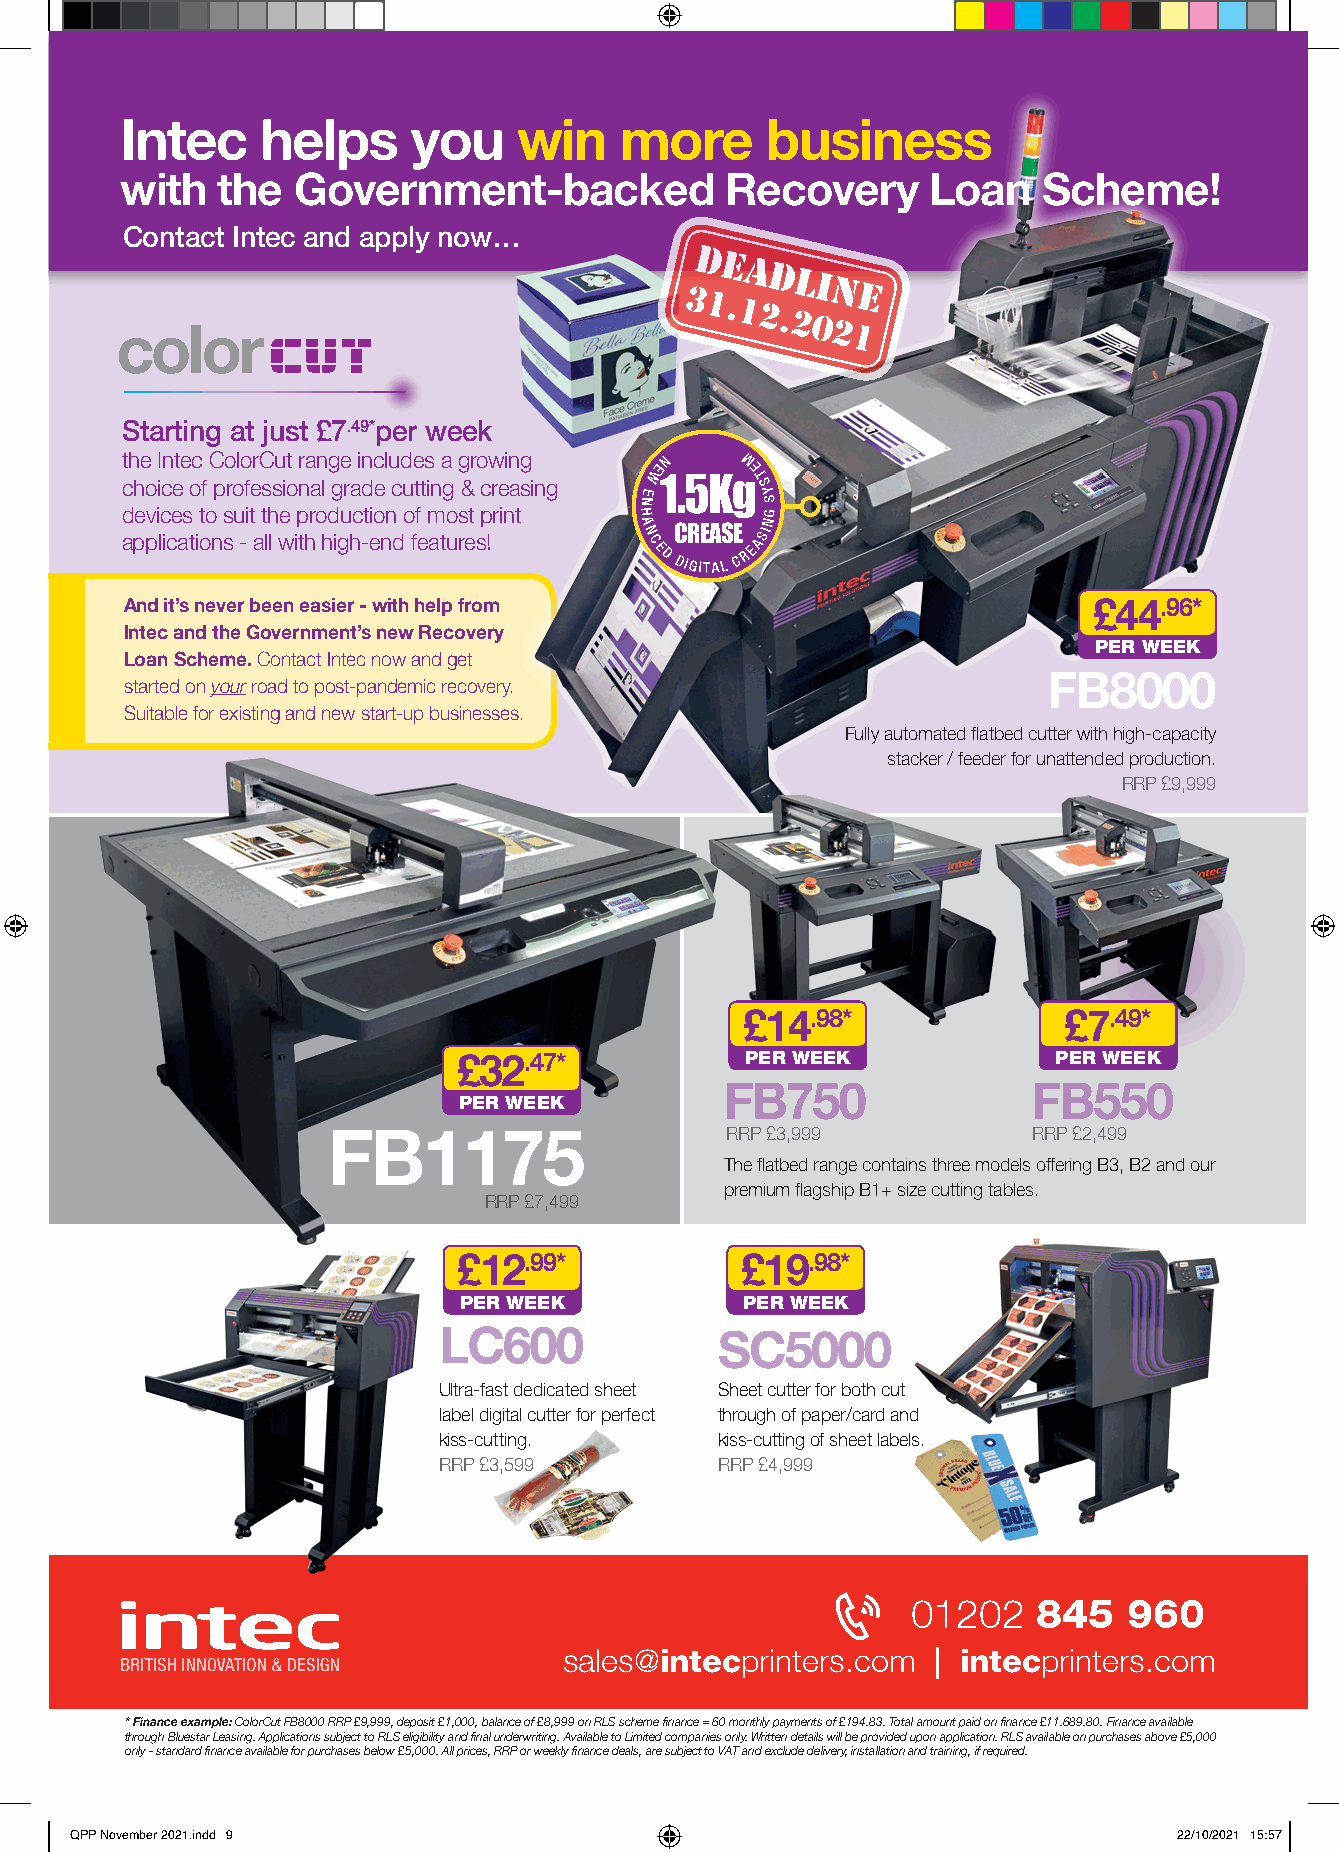
Intec    helps     you    win    more      business
 with  the  Government-backed            Recovery     Loan    Scheme!
 Contact Intec and apply now…
 Starting at just £7.49*per week
 t ch he
 o
 iI cn ete oc
 f
 C po rolo ferC ssu iot nra an
 l
 g ge
 ra
 i dnc el u cd ue tts
 in
 a
 g
 g &r o cw rein asg
 i ng
 E
 WE 1N .5KgM E
 T S
 Y
 N       S
 devices to suit the production of most print H G
 A       N
 applications - all with high-end features! N
 CED
 DC IR GIE TA AS
 L
 E
 C
 REASI
 And it’s never been easier - with help from                     £44.96*
 Intec and the Government’s new Recovery
 PER WEEK
 Loan Scheme. Contact Intec now and get
 FB8000
 started on your road to post-pandemic recovery.
 Suitable for existing and new start-up businesses.
 Fully automated flatbed cutter with high-capacity
 stacker / feeder for unattended production.
 RRP £9,999
 £14.98*              £7.49*
 £32.47*            PER WEEK             PER WEEK
 FB750               FB550
 PER WEEK
 FB1175                    RRP £3,999          RRP £2,499
 The flatbed range contains three models offering B3, B2 and our
 premium flagship B1+ size cutting tables.
 RRP £7,499
 £12.99*            £19.98*
 PER WEEK           PER WEEK
 LC600             SC5000
 Ultra-fast dedicated sheet Sheet cutter for both cut
 label digital cutter for perfect through of paper/card and
 kiss-cutting.     kiss-cutting of sheet labels.
 RRP £3,599        RRP £4,999
 01202    845   960
 sales@intecprinters.com  | intecprinters.com
 * Finance example: ColorCut FB8000 RRP £9,999, deposit £1,000, balance of £8,999 on RLS scheme finance = 60 monthly payments of £194.83. Total amount paid on finance £11.689.80. Finance available
 through Bluestar Leasing. Applications subject to RLS eligibility and final underwriting. Available to Limited companies only. Written details will be provided upon application. RLS available on purchases above £5,000
 only - standard finance available for purchases below £5,000. All prices, RRP or weekly finance deals, are subject to VAT and exclude delivery, installation and training, if required.
 QQPPPP NNoovveemmbbeerr 22002211..iinndddd 99                            2222//1100//22002211 1155::5577